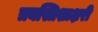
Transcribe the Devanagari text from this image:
त्रयस्त्रिशाक्षरी